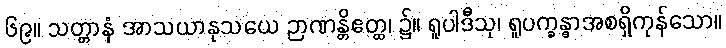
၆၉။ သတ္တာနံ အာသယာနုသယေ ဉာဏန္တိဧတ္ထ၊ ၌။ ရူပါဒီသု၊ ရူပက္ခန္ဓာအစရှိကုန်သော။